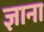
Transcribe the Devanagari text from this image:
ज्ञाना